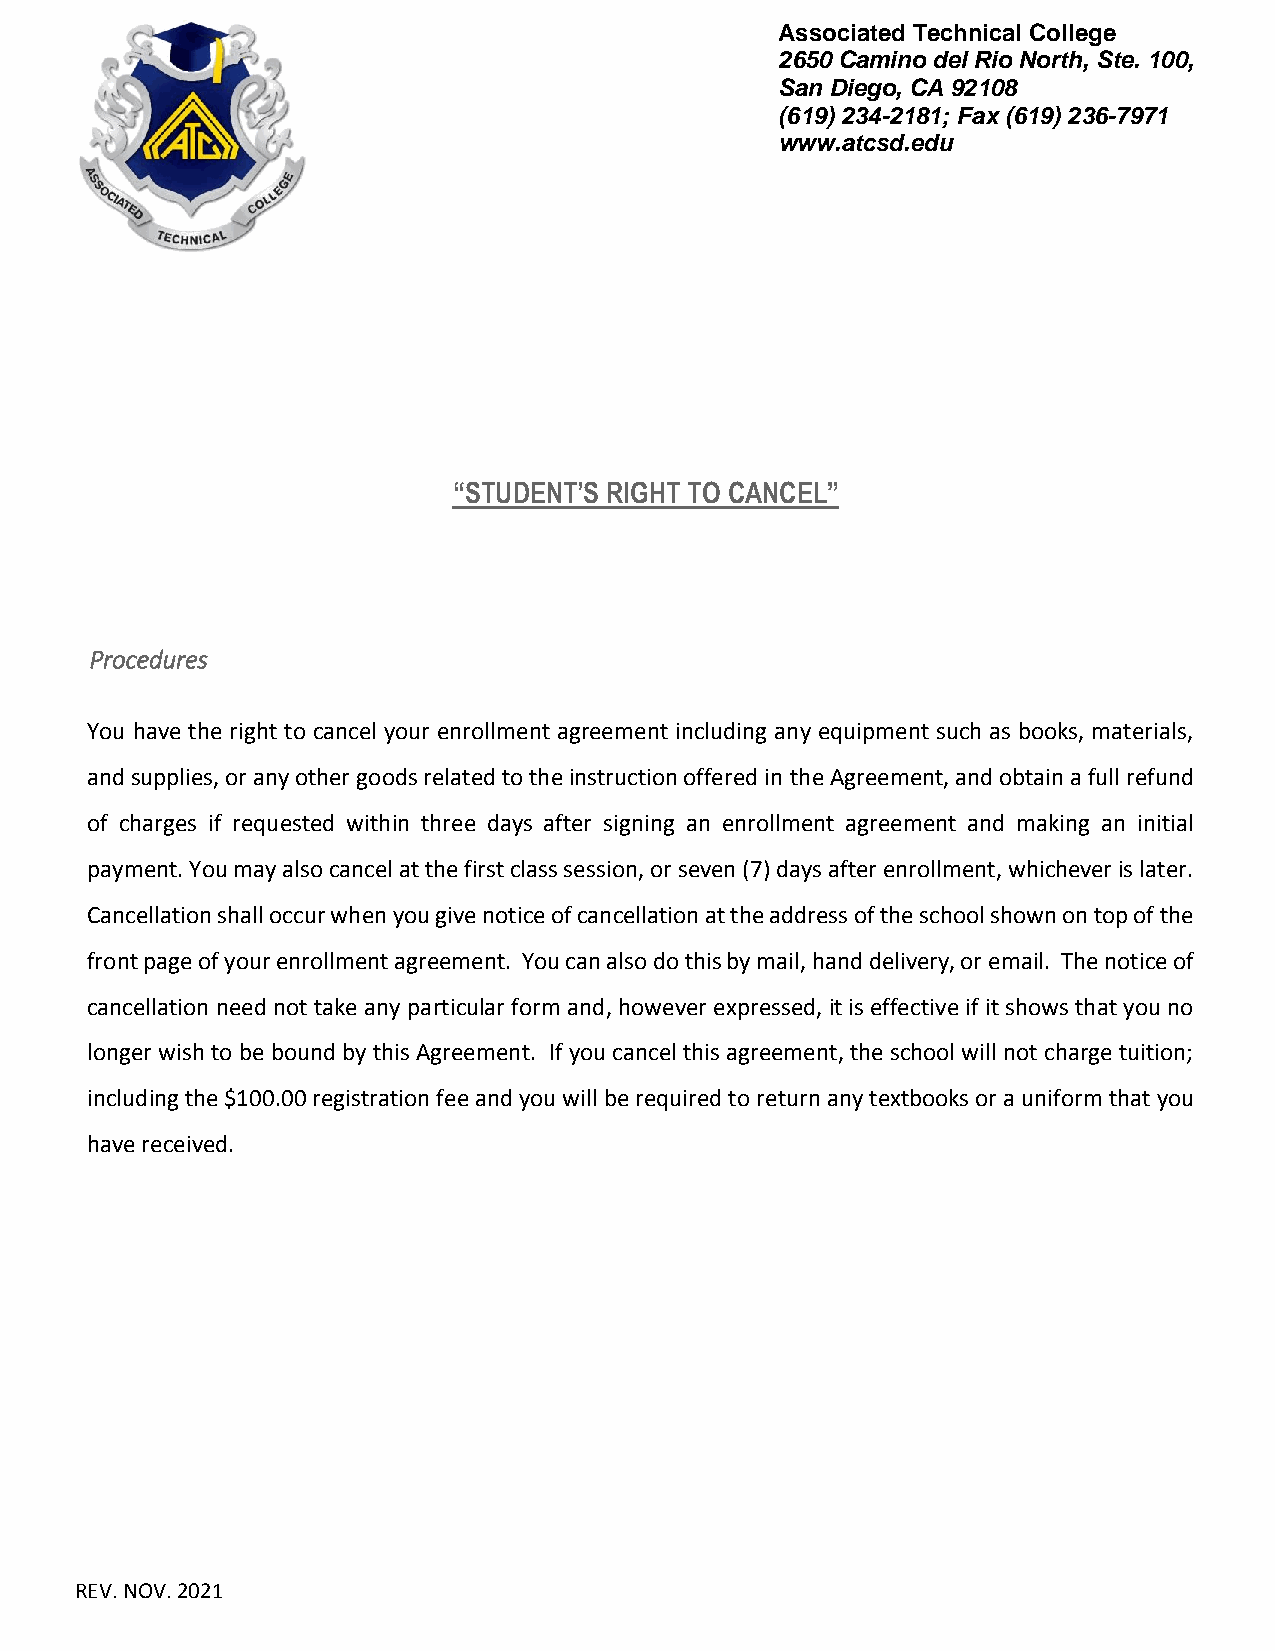
Associated Technical College
 2650 Camino del Rio North, Ste. 100,
 San Diego, CA 92108
 (619) 234-2181; Fax (619) 236-7971
 www.atcsd.edu
 “STUDENT’S RIGHT TO CANCEL”
 Procedures
 You have the right to cancel your enrollment agreement including any equipment such as books, materials,
 and supplies, or any other goods related to the instruction offered in the Agreement, and obtain a full refund
 of charges if requested within three days after signing an enrollment agreement and making an initial
 payment. You may also cancel at the first class session, or seven (7) days after enrollment, whichever is later.
 Cancellation shall occur when you give notice of cancellation at the address of the school shown on top of the
 front page of your enrollment agreement. You can also do this by mail, hand delivery, or email. The notice of
 cancellation need not take any particular form and, however expressed, it is effective if it shows that you no
 longer wish to be bound by this Agreement. If you cancel this agreement, the school will not charge tuition;
 including the $100.00 registration fee and you will be required to return any textbooks or a uniform that you
 have received.
 REV. NOV. 2021